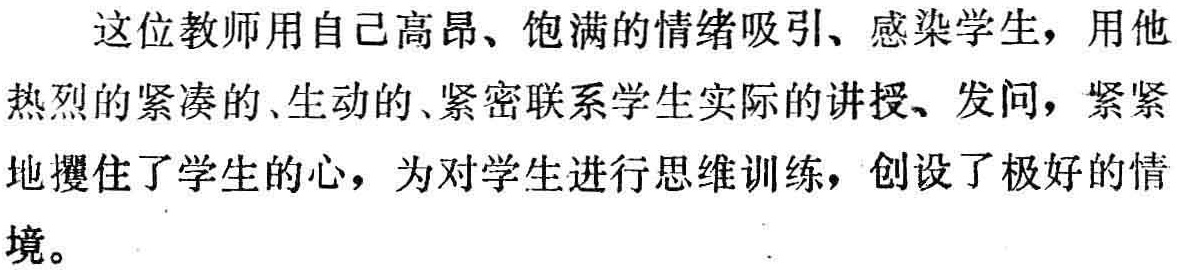
这位教师用自己高昂、饱满的情绪吸引、感染学生，用他热烈的紧凑的、生动的、紧密联系学生实际的讲授、发问，紧紧地攫住了学生的心，为对学生进行思维训练，创设了极好的情境。